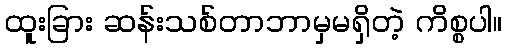
ထူးခြား ဆန်းသစ်တာဘာမှမရှိတဲ့ ကိစ္စပါ။